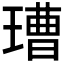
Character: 𱯞